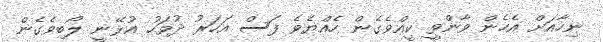
ނިހާއަށް އެހެން ވާންވީ ކީއްވެގެން ހެއްޔެވެ ފަސް އަހަރު ދުވަހު އުޅޭނީ ލޯބިވެގެން